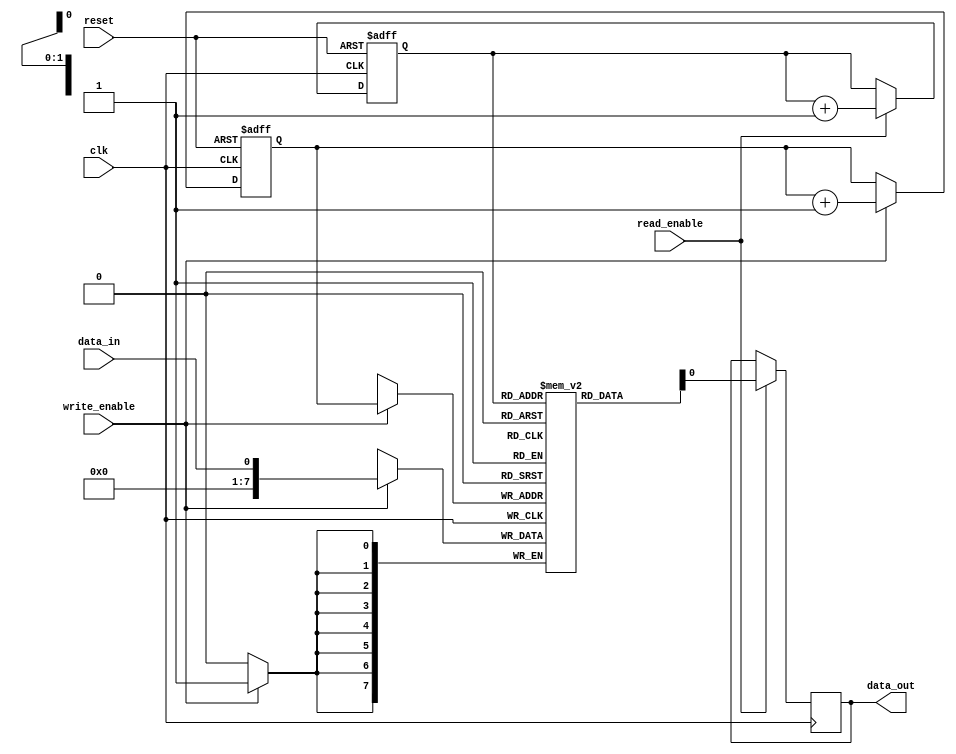
module fifo_buffer(
  input wire clk,
  input wire reset,
  input wire write_enable,
  input wire read_enable,
  input wire data_in,
  output reg data_out
);

reg [7:0] buffer [0:3];
reg [1:0] write_pointer;
reg [1:0] read_pointer;

always @(posedge clk or posedge reset) begin
  if (reset)
    write_pointer <= 2'b00;
  else if (write_enable)
    write_pointer <= write_pointer + 1;
end

always @(posedge clk or posedge reset) begin
  if (reset)
    read_pointer <= 2'b00;
  else if (read_enable)
    read_pointer <= read_pointer + 1;
end

always @(posedge clk) begin
  if (write_enable)
    buffer[write_pointer] <= data_in;
end

always @(posedge clk) begin
  if (read_enable)
    data_out <= buffer[read_pointer];
end

endmodule